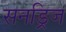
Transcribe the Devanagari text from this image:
सनड्रिज